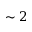
\sim 2